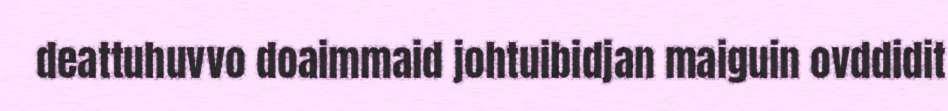
deattuhuvvo doaimmaid johtuibidjan maiguin ovddidit